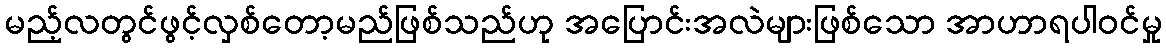
မည့်လတွင်ဖွင့်လှစ်တော့မည်ဖြစ်သည်ဟု အပြောင်းအလဲများဖြစ်သော အာဟာရပါဝင်မှု